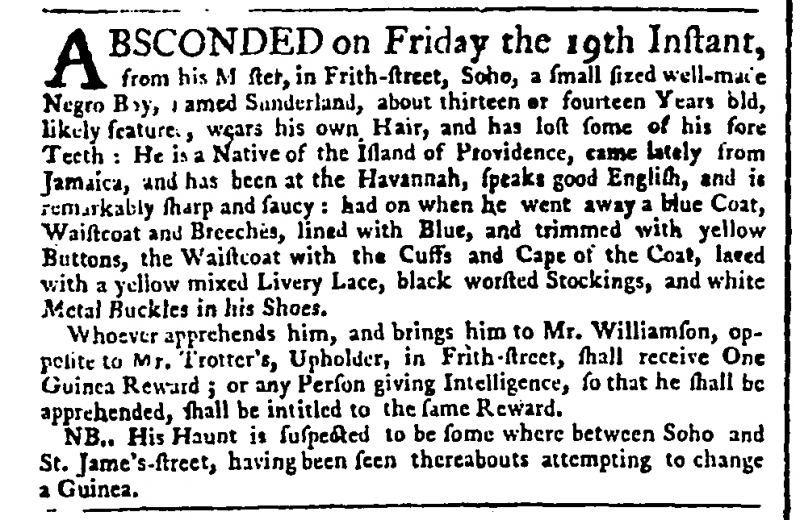
Public Advertiser, 22 March 1762 (England)
ABSCONDED on Friday the 19th Instant, from his M[a]ster, in Frith-street, Soho, a small sized well-made Negro Boy, named Sunderland, about thirteen or fourteen Years old, likely featured, wears his own Hair, and has lost some of his fore Teeth: he is a Native of the Island of Providence, came lately from Jamaica, and has been at the Havannah, speaks good English, and is remarkably sharp and saucy: had on when he went away a blue Coat, Waistcoat and Breeches, lined with Blue, and trimmed with yellow Buttons, the Waistcoat with the Cuffs and Cape of the Coat, laced with a yellow mixed Livery Lace, black worsted Stockings, and white Metal Buckles in his Shoes.   Whoever apprehends him, and brings him to Mr. Williamson, opposite to Mr. Trotter’s, Upholder, in Frith-street, shall receive One Guinea Reward; or any Person giving Intelligence, so that he shall be apprehended, shall be intitled to the same Reward.   N.B.. His Haunt is suspected to be some where between Soho and St. Jame’s-street, having been thereabouts attempting to change a Guinea.